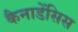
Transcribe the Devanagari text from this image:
कैनाडेंसिस